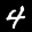
Label: 4